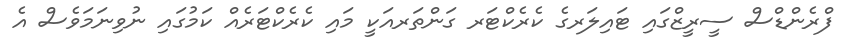
ފްރެންޑްސް ސީރީޒްގައި ޓައިލަރގެ ކެރެކްޓަރ ގަންތަރއަކީ މައި ކެރެކްޓަރެއް ކަމުގައި ނުވިނަމަވެސް އެ